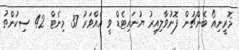
މޮރީނިއޯ ބެންޗުން ފޮނުވާލިއިރު ޔުނައިޓެޑް ވީ އެއްވަރު 37 މިނެޓް 42 ސިކުންތު